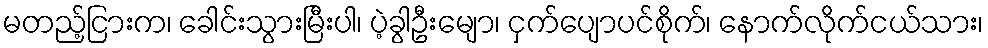
မတည့်ငြားက၊ ခေါင်းသွားမြီးပါ၊ ပဲ့ခွါဦးမျော၊ ငှက်ပျောပင်စိုက်၊ နောက်လိုက်ငယ်သား၊